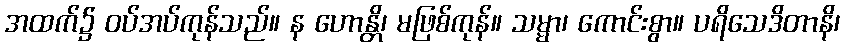
အထက်၌ ဝပ်အပ်ကုန်သည်။ န ဟောန္တိ၊ မဖြစ်ကုန်။ သမ္မာ၊ ကောင်းစွာ။ ပရိသေဒိတာနိ၊